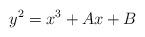
LaTeX: \begin{align*}y^2 = x^3 + A x + B\end{align*}